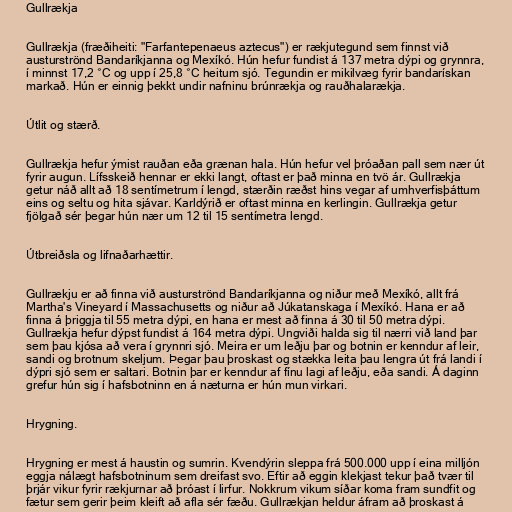
Gullrækja

Gullrækja (fræðiheiti: "Farfantepenaeus aztecus") er rækjutegund sem finnst við
austurströnd Bandaríkjanna og Mexíkó. Hún hefur fundist á 137 metra d‎ýpi og grynnra,
í minnst 17,2 °C og upp í 25,8 °C heitum sjó. Tegundin er mikilvæg fyrir bandarískan
markað. Hún er einnig þekkt undir nafninu brúnrækja og rauðhalarækja.

Útlit og stærð.

Gullrækja hefur ‎ýmist rauðan eða grænan hala. Hún hefur vel þróaðan pall sem nær út
fyrir augun. Lífsskeið hennar er ekki langt, oftast er það minna en tvö ár. Gullrækja
getur náð allt að 18 sentímetrum í lengd, stærðin ræðst hins vegar af umhverfisþáttum
eins og seltu og hita sjávar. Karldýrið er oftast minna en kerlingin. Gullrækja getur
fjölgað sér þegar hún nær um 12 til 15 sentímetra lengd.

Útbreiðsla og lifnaðarhættir.

Gullrækju er að finna við austurströnd Bandaríkjanna og niður með Mexíkó, allt frá
Martha's Vineyard í Massachusetts og niður að Júkatanskaga í Mexíkó. Hana er að
finna á þriggja til 55 metra dýpi, en hana er mest að finna á 30 til 50 metra dýpi.
Gullrækja hefur dýpst fundist á 164 metra dýpi. Ungviði halda sig til nærri við land þar
sem þau kjósa að vera í grynnri sjó. Meira er um leðju þar og botnin er kenndur af leir,
sandi og brotnum skeljum. Þegar þau þroskast og stækka leita þau lengra út frá landi í
dýpri sjó sem er saltari. Botnin þar er kenndur af fínu lagi af leðju, eða sandi. Á daginn
grefur hún sig í hafsbotninn en á næturna er hún mun virkari.

Hrygning.

Hrygning er mest á haustin og sumrin. Kvendýrin sleppa frá 500.000 upp í eina milljón
eggja nálægt hafsbotninum sem dreifast svo. Eftir að eggin klekjast tekur það tvær til
þrjár vikur fyrir rækjurnar að þróast í lirfur. Nokkrum vikum síðar koma fram sundfit og
fætur sem gerir þeim kleift að afla sér fæðu. Gullrækjan heldur áfram að þroskast á